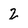
Character: 2